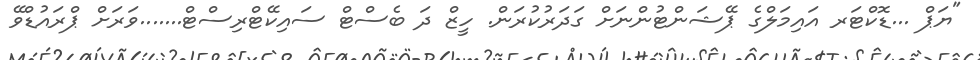
"ޔަޕް ...ޑޮކްޓަރ އައިމަލްގެ ޕޭޝަންޓުންނަށް ގަދަރުކުރަން. ހީޒް ދަ ބެސްޓް ސައިކޭޓްރިސްޓް.......ވަރަށް ޕްރައުޑްވޭ